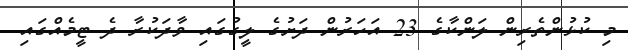
މި ކުޅުންތެރިން ލަންކާގެ 23 އަހަރުން ދަށުގެ ލީގުގައި ވާދަކުރާ ދެ ޓީމެއްގައި